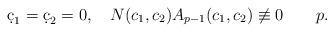
LaTeX: \begin{align*} \d c_1=\d c_2=0,\ \ \ N(c_1,c_2)A_{p-1}(c_1,c_2)\not\equiv 0\ \ \ \ \ \ p.\end{align*}